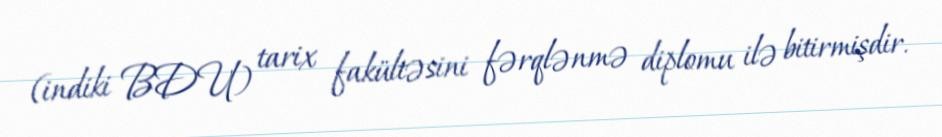
(indiki BDU) tarix fakültəsini fərqlənmə diplomu ilə bitirmişdir.